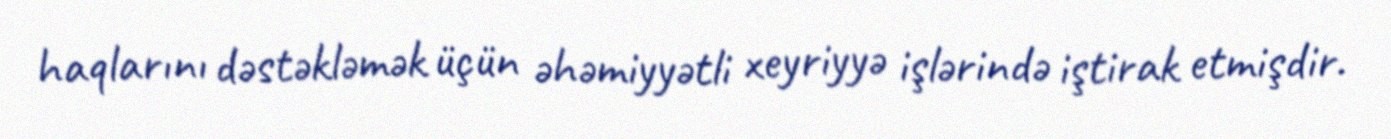
haqlarını dəstəkləmək üçün əhəmiyyətli xeyriyyə işlərində iştirak etmişdir.